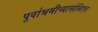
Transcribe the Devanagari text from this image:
पूर्वाश्रमीच्यासोव्हिएत